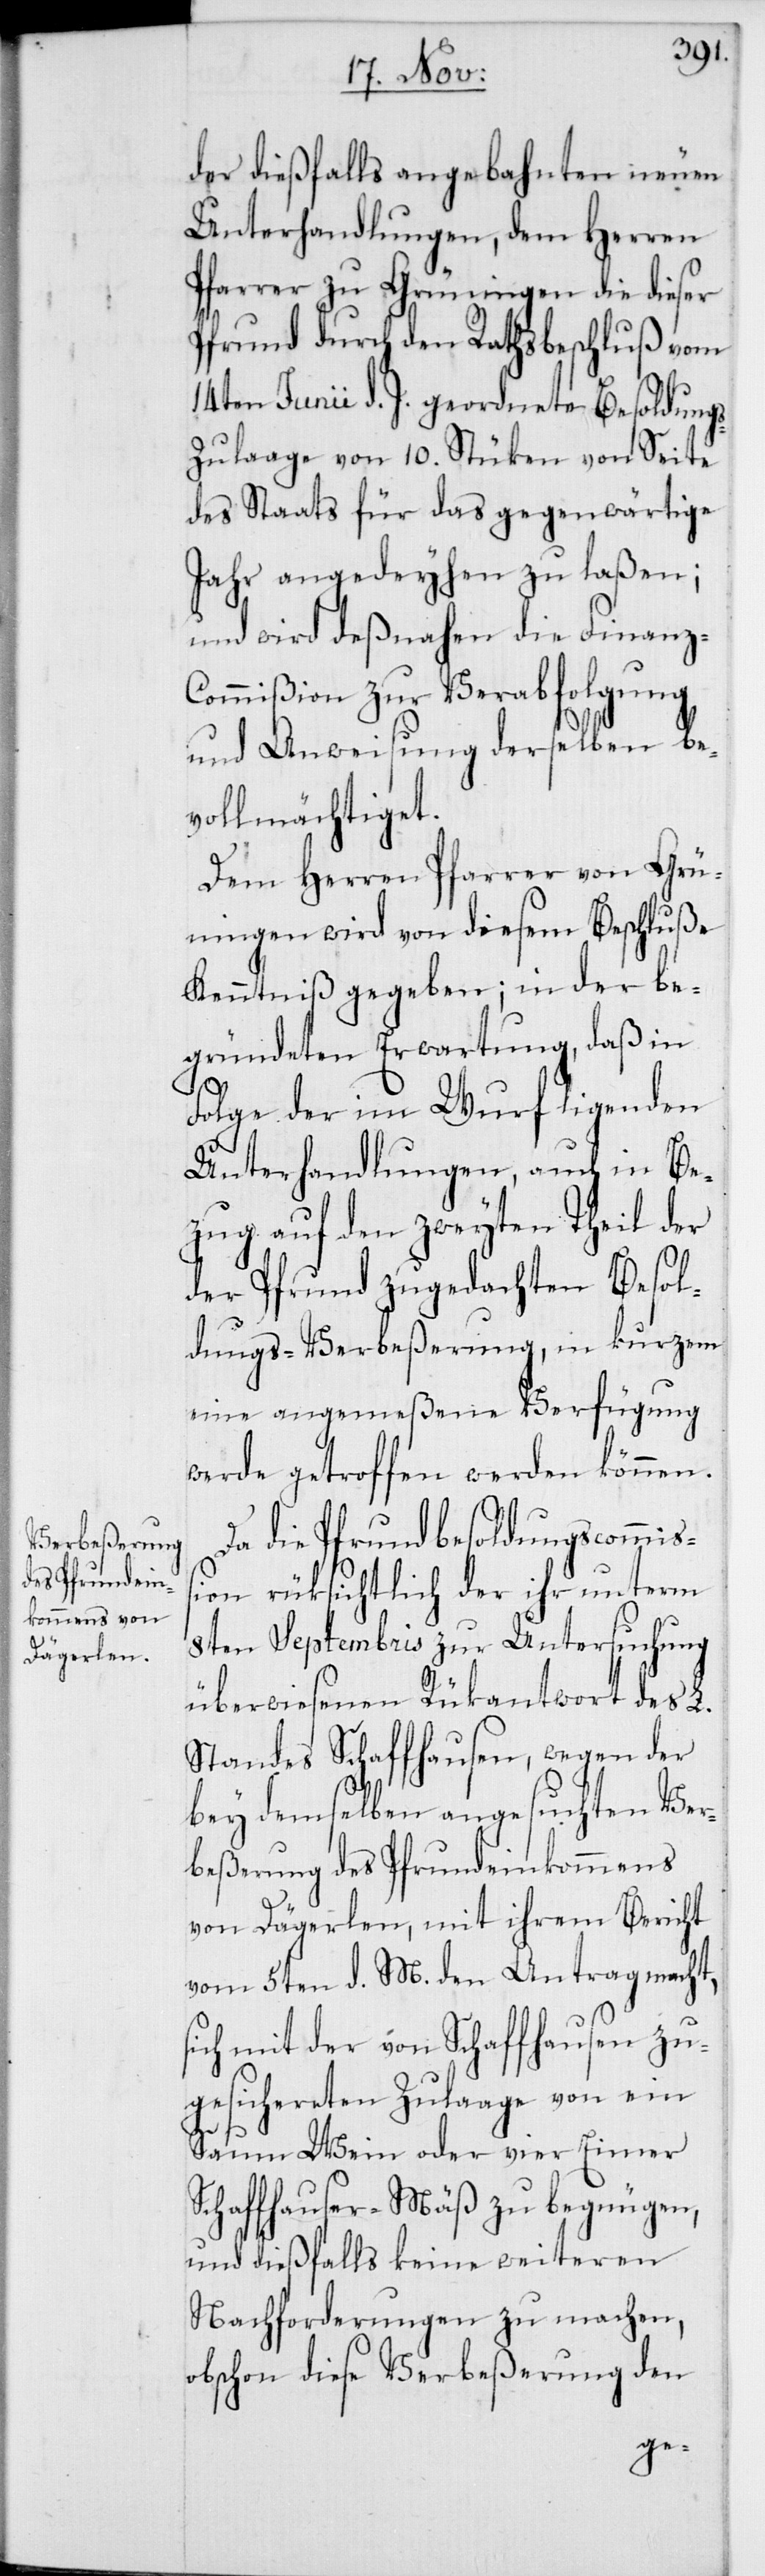
der dießfalls angebahnten neuen
Unterhandlungen, dem Herren
Pfarrer zu Grüningen die dieser
Pfrund durch den Rathsbeschluß vom
14ten Junii d. J. geordnete Besoldungs¬
zulaage von 10. Stüken von Seite
des Staats für das gegenwärtige
Jahr angedeyhen zu laßen;
und wird deßnahen die Finanz-C¬
ommißion zur Verabfolgung
und Anweisung derselben be¬
vollmächtiget.
Dem Herren Pfarrer von Grü¬
ningen wird von diesem Beschluße
Kenntniß gegeben; in der be¬
gründeten Erwartung, daß in
Folge der im Wurf ligenden
Unterhandlungen, auch in Be¬
zug auf den zweyten Theil der
der Pfrund zugedachten Besol¬
dungs-Verbeßerung, in kurzem
eine angemeßene Verfügung
werde getroffen werden können.
Da die Pfrundbesoldungscommiß¬
ion rüksichtlich der ihr unterm
8ten Septembris zur Untersuchung
überwiesenen Rükantwort des L.
Standes Schaffhausen, wegen der
bey demselben angesuchten Ver¬
beßerung des Pfrundeinkommens
von Dägerlen, mit ihrem Bericht
vom 5ten d. M. den Antrag macht,
sich mit der von Schaffhausen zu¬
gesichereten Zulaage von ein
Saum Wein oder vier Eimer
Schaffhauser-Mäß zu begnügen,
und dießfalls keine weiteren
Nachforderungen zu machen,
obschon diese Verbeßerung den